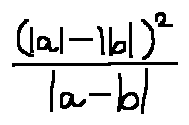
\frac { ( | a | - | b | ) ^ { 2 } } { | a - b | }